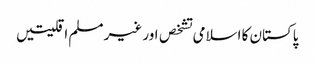
پاکستان کا اسلامی تشخص اور غیر مسلم اقلیتیں